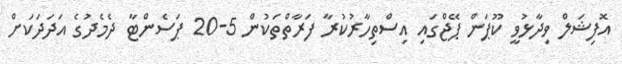
އޮފިޝަލް ވިދާޅުވީ ކޫޕަން ޕޭޖްގައި އިސްތިހާރުކުރާ ފަރާތްތަކުން 5-20 ޕަސެންޓާ ދެމެދުގެ އަދަދަކަށް